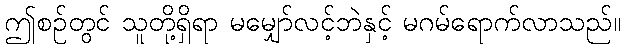
ဤစဉ်တွင် သူတို့ရှိရာ မမျှော်လင့်ဘဲနှင့် မဂမ်ရောက်လာသည်။